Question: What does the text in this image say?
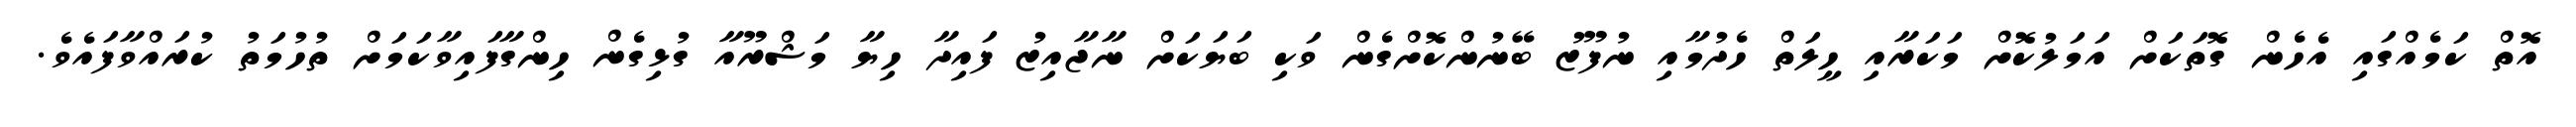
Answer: އޮތް ކަމެއްގައި އެހެން ގޮތަކަށް އަމަލުކޮށް މަކަރާއި ހީލަތް ހެދުމާއި ނުފޫޒު ބޭނުންކޮށްގެން ވަކި ބަޔަކަށް ނާޖާއިޒު ފައިދާ ހިޔާ މަޝްރޫއާ ގުޅިގެން ހިންގާފައިވާކަމަށް ތުހުމަތު ކުރައްވާފައެވެ.